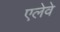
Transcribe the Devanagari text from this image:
एलेवे